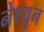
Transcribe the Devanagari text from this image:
नेथ्यून